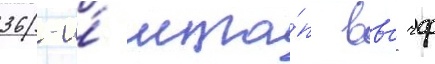
36-и́ мта́п ввс чф